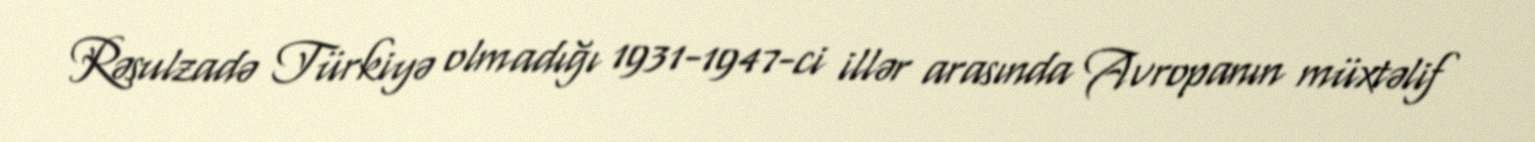
Rəsulzadə Türkiyə olmadığı 1931-1947-ci illər arasında Avropanın müxtəlif